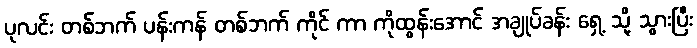
ပုလင်း တစ်ဘက် ပန်းကန် တစ်ဘက် ကိုင် ကာ ကိုထွန်းအောင် အချုပ်ခန်း ရှေ့ သို့ သွားပြီး